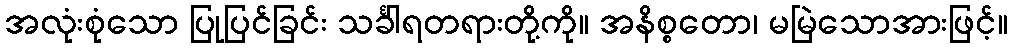
အလုံးစုံသော ပြုပြင်ခြင်း သင်္ခါရတရားတို့ကို။ အနိစ္စတော၊ မမြဲသောအားဖြင့်။